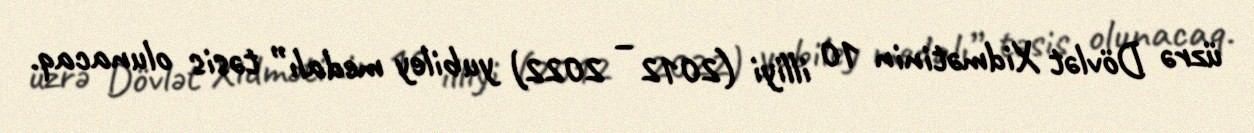
üzrə Dövlət Xidmətinin 10 illiyi (2012 – 2022) yubiley medalı” təsis olunacaq.